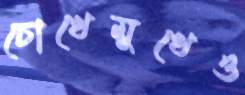
চোখেমুখেও